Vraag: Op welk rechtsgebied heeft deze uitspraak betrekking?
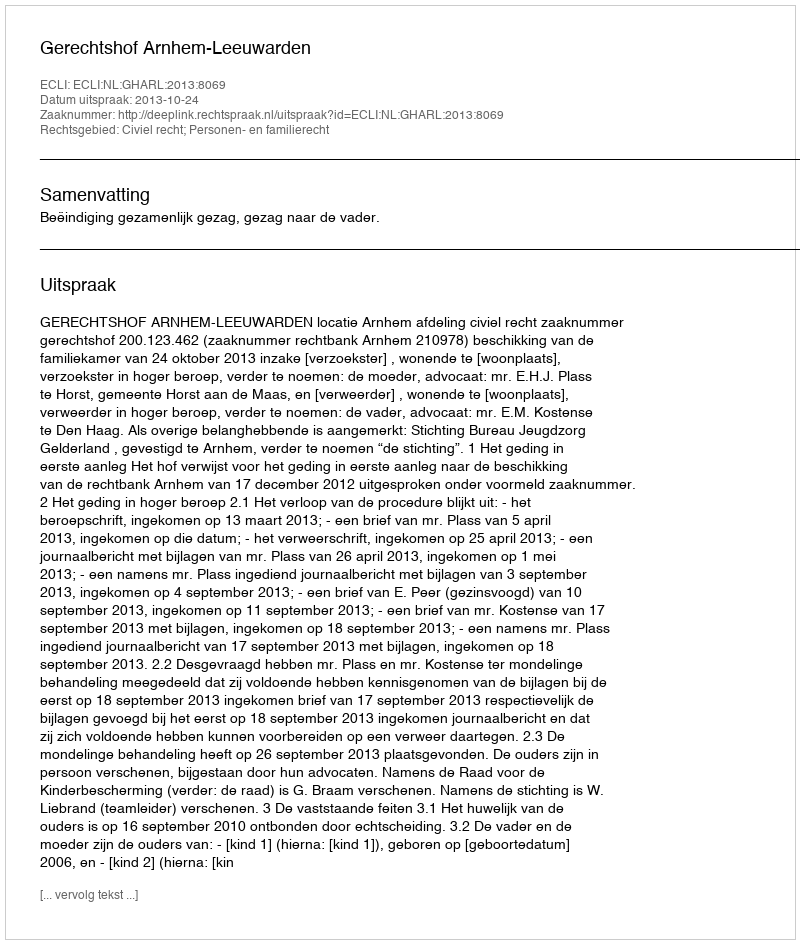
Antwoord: Civiel recht; Personen- en familierecht